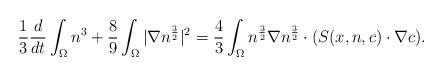
LaTeX: \begin{align*}\frac{1}{3}\frac{d}{dt}\int_{\Omega}n^{3}+\frac{8}{9}\int_{\Omega} |\nabla n^{\frac{3}{2}} |^{2}=\frac{4}{3}\int_{\Omega}n^{\frac{3}{2}}\nabla n^{\frac{3}{2}} \cdot( S(x,n,c) \cdot \nabla c ).\end{align*}